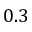
0 . 3